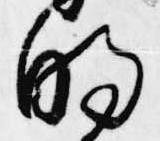
明